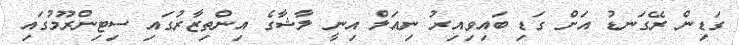
ގަޑިން ރޭގަނޑު އަށް ގަޑި ބައިވިއިރު ނިއަލް އިނީ ލާޝާގެ އިންތިޒާރުގައި ސިޓިންރޫމުގައި